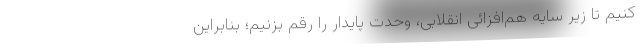
کنیم تا زیر سایه هم‌افزائی انقلابی، وحدت پایدار را رقم بزنیم؛ بنابراین